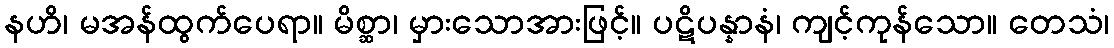
နဟိ၊ မအန်ထွက်ပေရာ။ မိစ္ဆာ၊ မှားသောအားဖြင့်။ ပဋိပန္နာနံ၊ ကျင့်ကုန်သော။ တေသံ၊